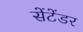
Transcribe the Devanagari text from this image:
सेंटेंडर